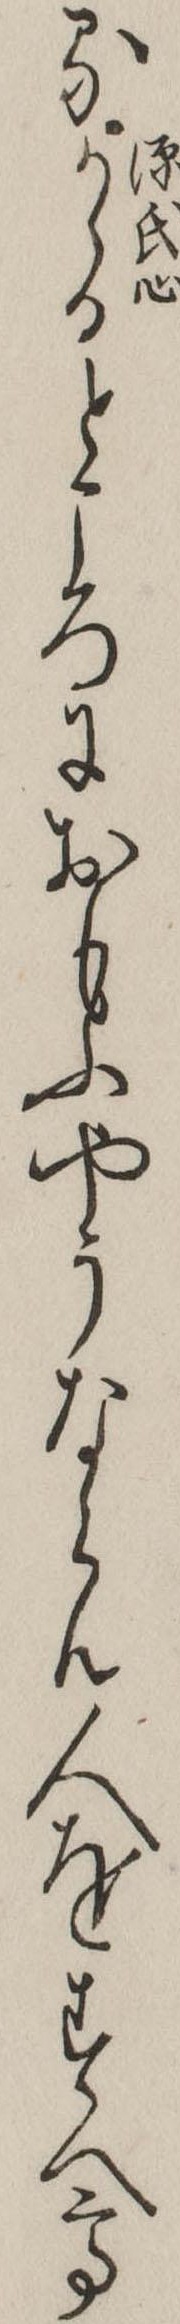
るかゝるところにおもふやうならん人をすへて